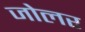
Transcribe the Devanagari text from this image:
जोलर